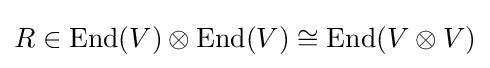
R\in {\text{End}}(V)\otimes {\text{End}}(V)\cong {\text{End}}(V\otimes V)